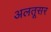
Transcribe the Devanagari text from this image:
अलतूसर